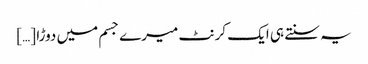
یہ سنتے ہی ایک کرنٹ میرے جسم میں دوڑا […]